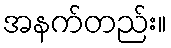
အနက်တည်း။